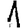
Digit: 1